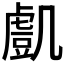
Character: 𧇔